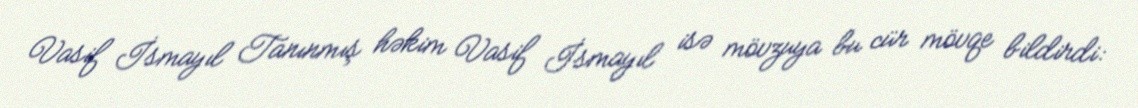
Vasif İsmayıl Tanınmış həkim Vasif İsmayıl isə mövzuya bu cür mövqe bildirdi: